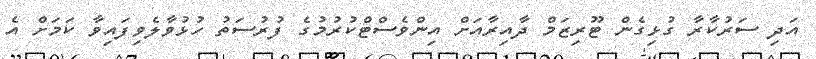
އަދި ސަރުކާރާ ގުޅިގެން ޓޫރިޒަމް ދާއިރާއަށް އިންވެސްޓްކުރުމުގެ ފުރުސަތު ހުޅުވާލެވިފައިވާ ކަމަށް އެ